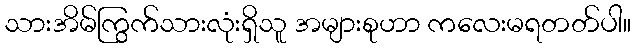
သားအိမ်ကြွက်သားလုံးရှိသူ အများစုဟာ ကလေးမရတတ်ပါ။